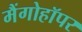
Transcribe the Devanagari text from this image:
मैंगोहॉपर